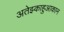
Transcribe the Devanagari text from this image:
अतेझ्काहुआकान